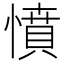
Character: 憤